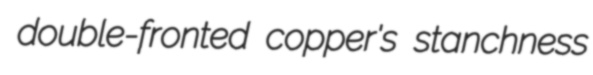
double-fronted copper's stanchness